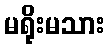
မရိုးမသား